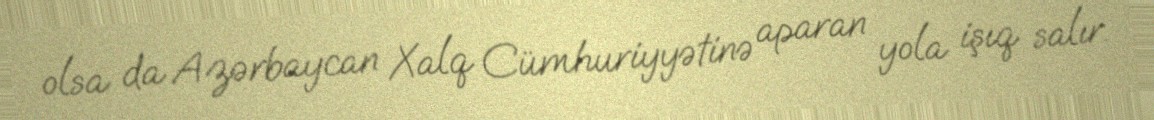
olsa da Azərbaycan Xalq Cümhuriyyətinə aparan yola işıq salır.